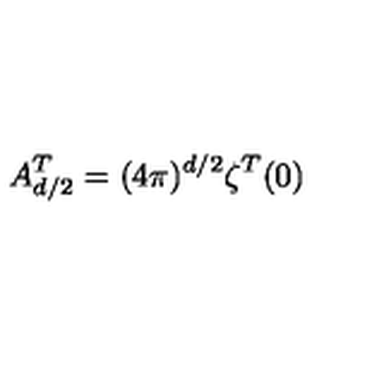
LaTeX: A _ { d / 2 } ^ { T } = ( 4 \pi ) ^ { d / 2 } \zeta ^ { T } ( 0 )